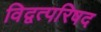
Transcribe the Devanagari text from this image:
विद्वत्परिषद